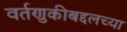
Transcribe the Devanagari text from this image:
वर्तणुकीबद्दलच्या